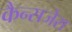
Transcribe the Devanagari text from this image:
कैन्सजेरा